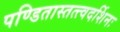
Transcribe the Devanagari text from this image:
पण्डितास्तत्त्वदर्शिनः